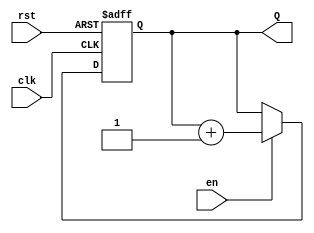
module binary_counter #(
    parameter N = 4 // Parameter for defining the bit-width of the counter
)(
    input wire clk,    // Clock input
    input wire rst,    // Reset input (active high)
    input wire en,     // Enable input
    output reg [N-1:0] Q // n-bit output representing the current count value
);

// Always block triggered on the rising edge of the clock
always @(posedge clk or posedge rst) begin
    if (rst) begin
        // Asynchronous reset
        Q <= 0; // Reset counter to 0
    end else if (en) begin
        // Increment counter when enabled
        Q <= Q + 1; // Increment count
    end
    // If not resetting and not enabled, retain the current value
end

endmodule